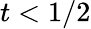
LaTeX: t<1/2